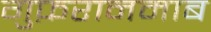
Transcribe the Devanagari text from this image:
गुफ़रानमाब